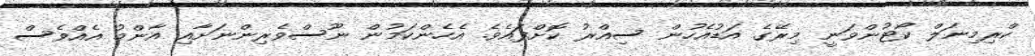
ކްރިމިނަލް ކޯޓުންވަނީ މިރޭގެ އަޑުއެހުން ސިއްރު ކޮށްފައެވެ. އެހެންކަމުން ނޫސްވެރިންނަށާއި އާންމު އެއްވެސް